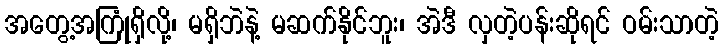
အတွေ့အကြုံရှိလို့၊ မရှိဘဲနဲ့ မဆက်နိုင်ဘူး၊ အဲဒီ လှတဲ့ပန်းဆိုရင် ဝမ်းသာတဲ့